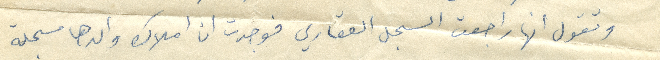
وتقول انها راجعت السجل العقاري فوجدت ان أملاك والدها مسجلة